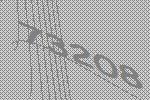
73208